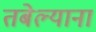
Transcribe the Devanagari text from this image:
तबेल्याना